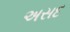
અસદ